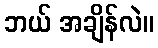
ဘယ် အချိန်လဲ။